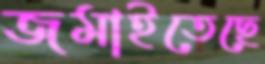
জমাইতেছে